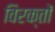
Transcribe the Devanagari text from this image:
विरक्तों